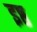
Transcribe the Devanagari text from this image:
इष्ठ